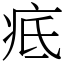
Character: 疷